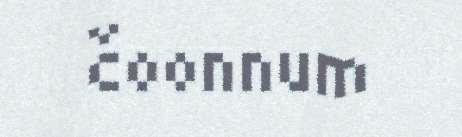
čoonnum